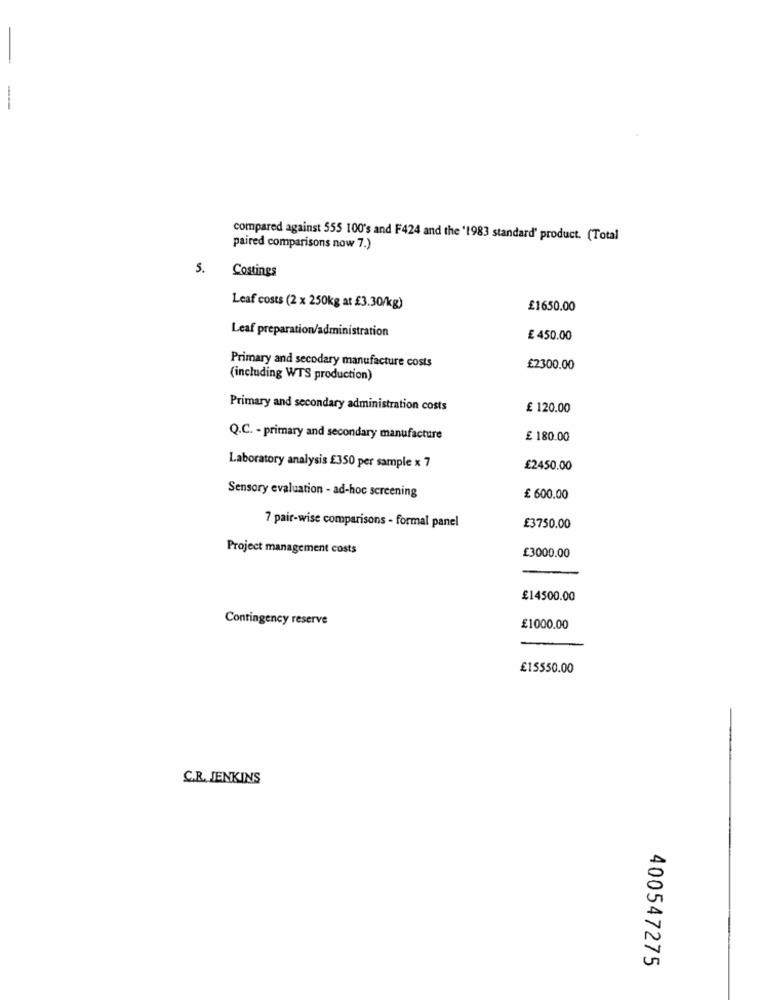
-
compared against 555 100's and F424 and the '1983 standard' product. (Total
paired comparisons now 7.)
5.
Costings
Leaf costs (2 x 250kg at £3.30/kg)
£1650.00
Leaf preparation/administration
£ 450.00
Primary and secodary manufacture costs
£2300.00
(including WTS production)
Primary and secondary administration costs
£ 120.00
Q.C. - primary and secondary manufacture
£ 180.00
Laboratory analysis £350 per sample x 7
£2450.00
Sensory evaluation - ad-hoc screening
£ 600.00
7 pair-wise comparisons - formal panel
£3750.00
Project management costs
£3000.00
£14500.00
Contingency reserve
£1000.00
£15550.00
C.R. JENKINS
400547275